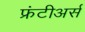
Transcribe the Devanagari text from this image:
फ्रंटीअर्स